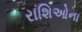
રાશિઓના